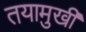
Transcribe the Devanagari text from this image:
तयामुखी